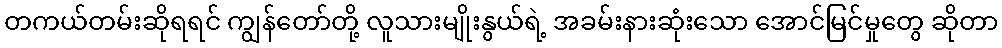
တကယ်တမ်းဆိုရရင် ကျွန်တော်တို့ လူသားမျိုးနွယ်ရဲ့ အခမ်းနားဆုံးသော အောင်မြင်မှုတွေ ဆိုတာ